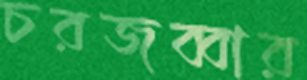
চরজব্বার